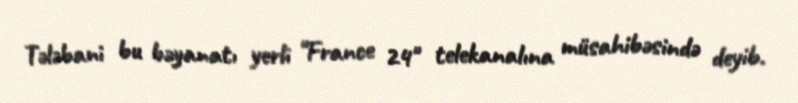
Tələbani bu bəyanatı yerli "France 24" telekanalına müsahibəsində deyib.